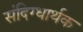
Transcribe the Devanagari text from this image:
संदिग्धार्थक